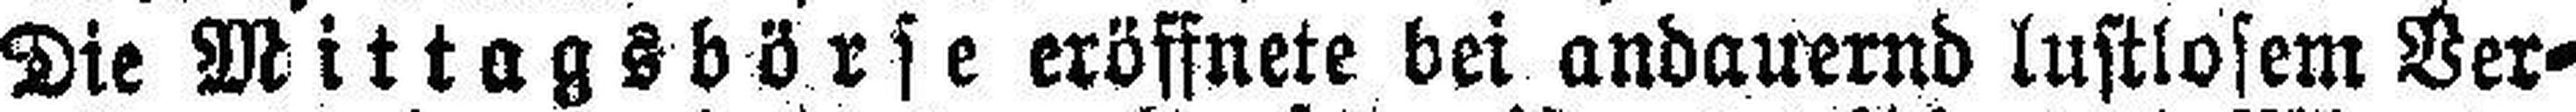
Die Mittagsbörse eröffnete bei andauernd lustlosem Ver¬